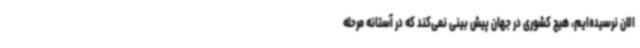
الان نرسیده‌ایم، هیچ کشوری در جهان پیش بینی نمی‌کند که در آستانه مرحله